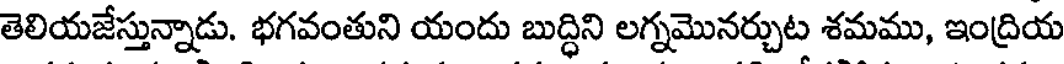
తెలియజేస్తున్నాడు. భగవంతుని యందు బుద్ధిని లగ్నమొనర్చుట శమము, ఇంద్రియ